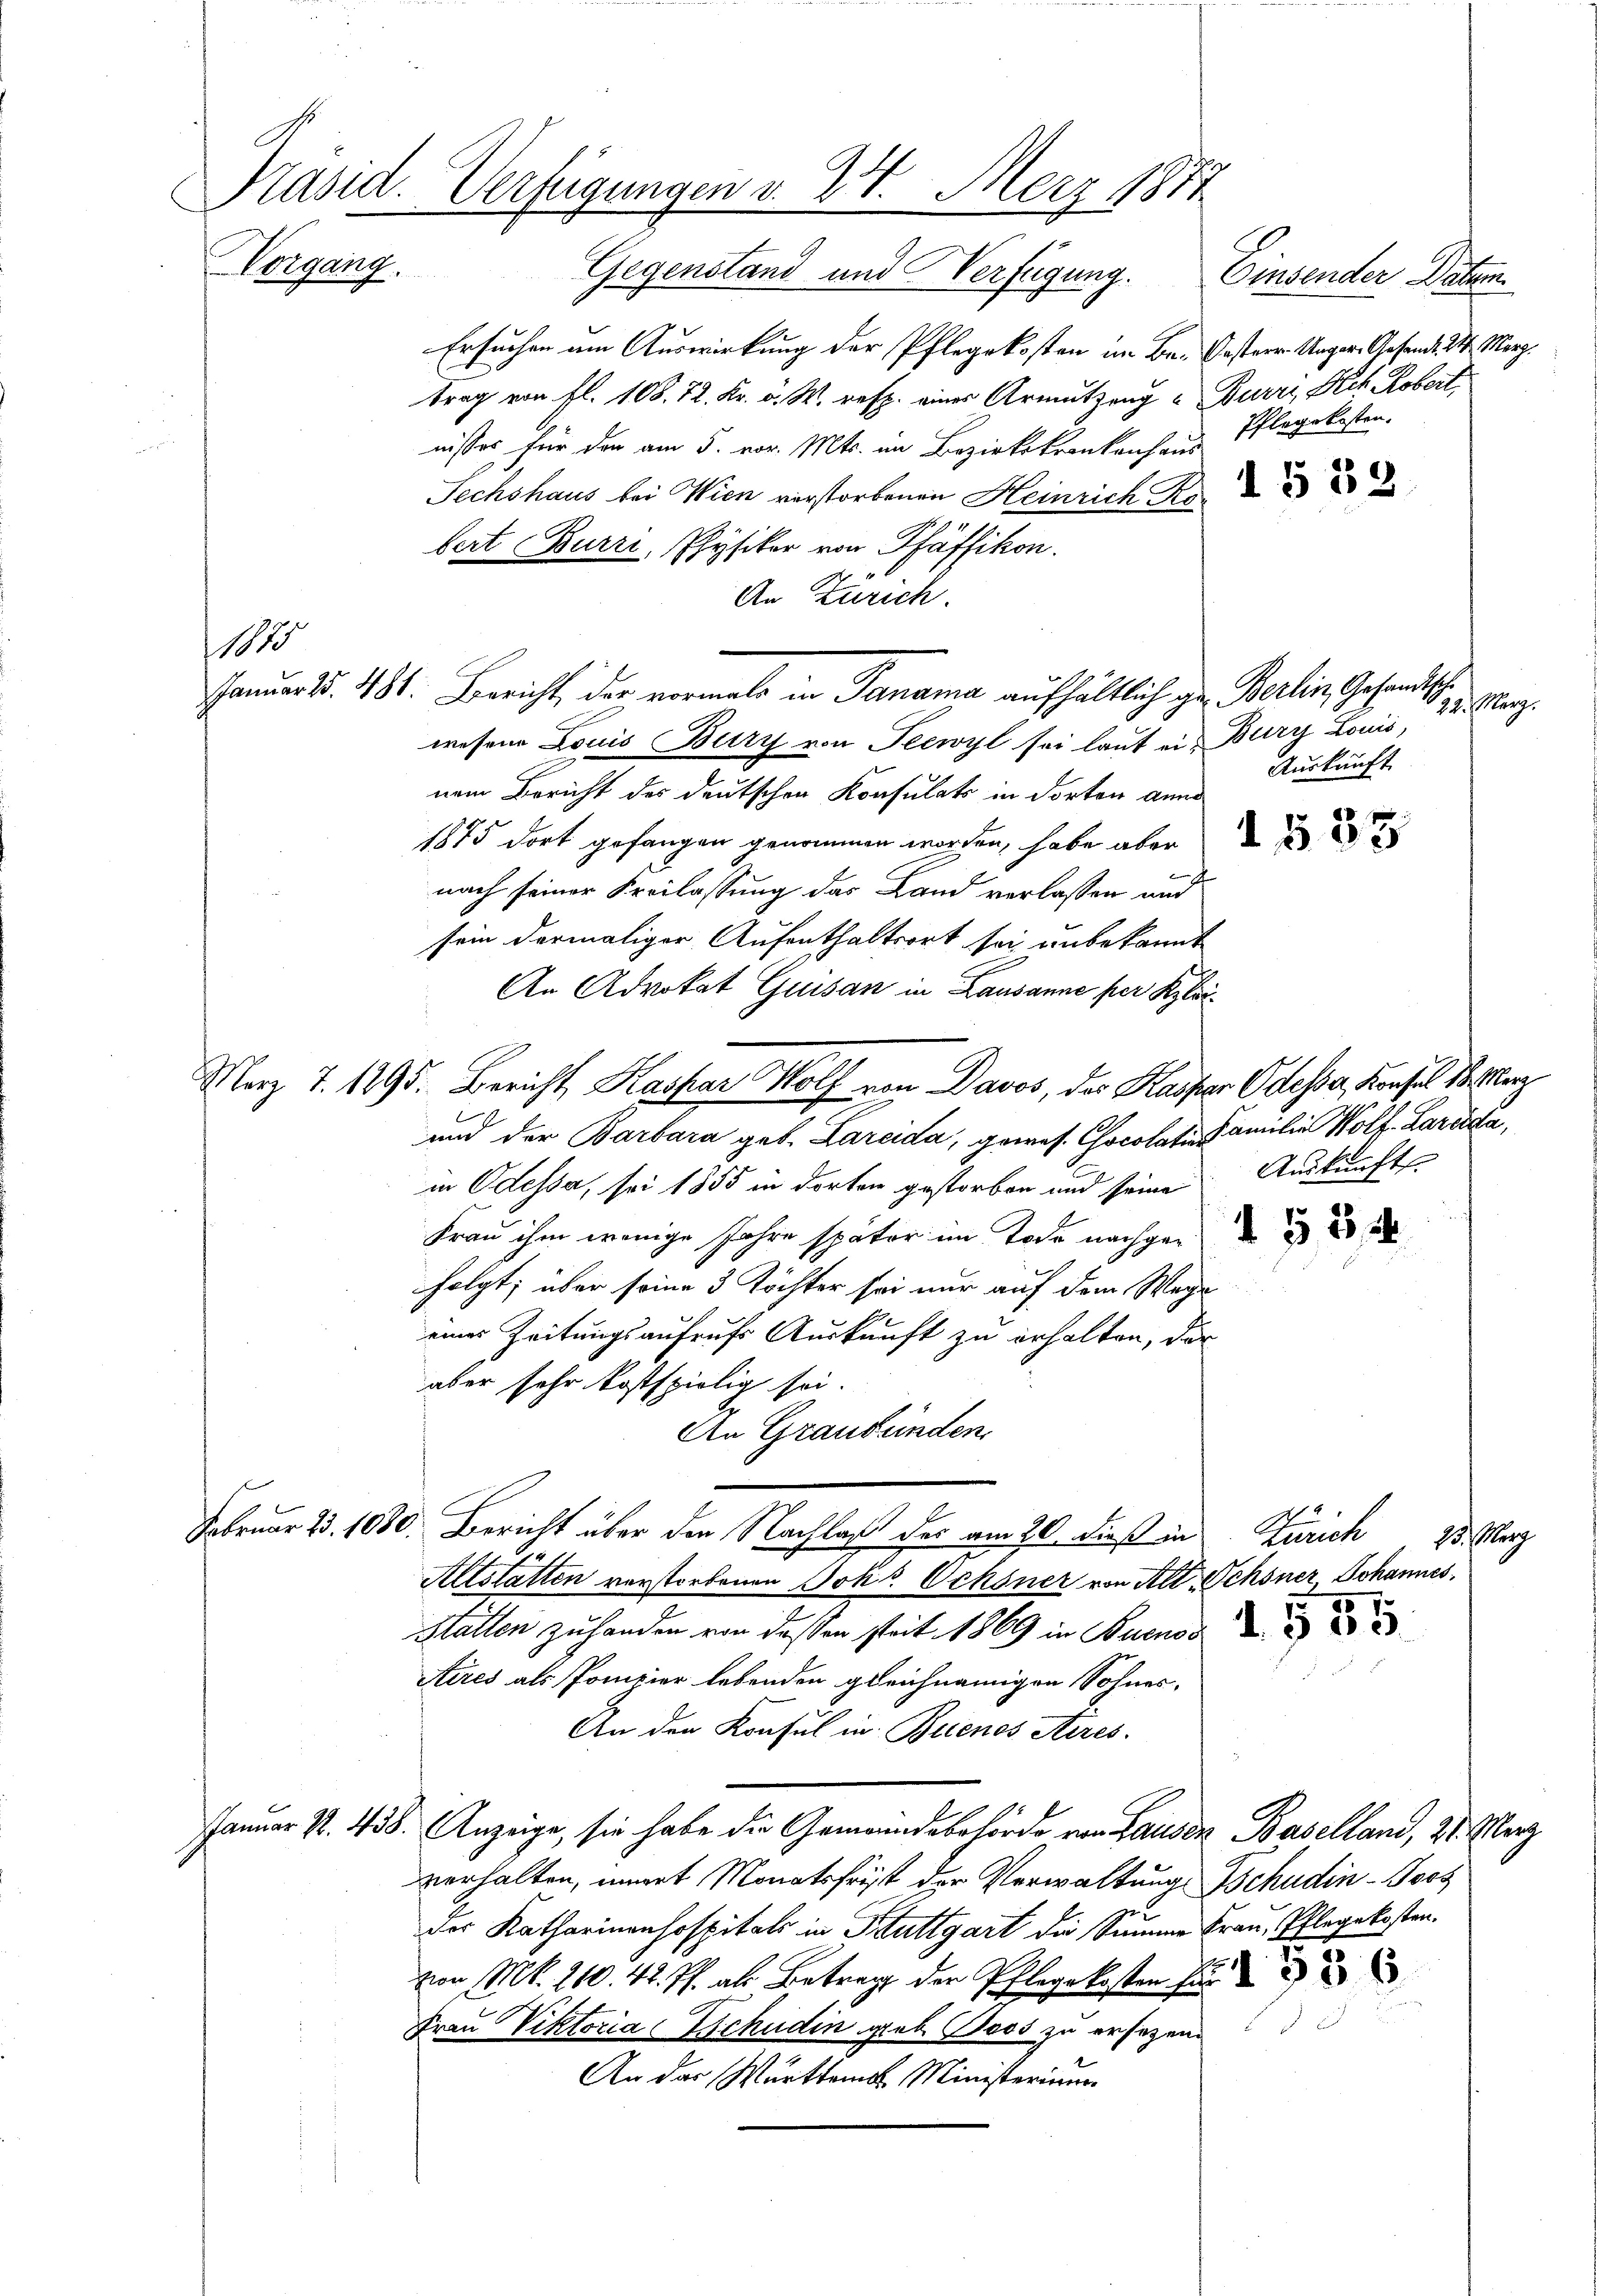
Vorgang.

110

Ersuchen am Auswirkung der Pflegekosten im Be. Oestern Unger. Gesand. M. Merz.
trag von fl. 108. 72. Kr. v. W. resp. eines Armutzung & Burri, Pech Kobert,
nisses für den am 5. vor. Mts. im Bezirkskrankenhaus
Sechshaus bei Wien verstorbenen Heinrich Kor
bert Burri, Physiker von Pfäffikon.
An Zürich.
wesene Louis Bury von Seewyl sei laut ein Bury Louis,
nem Bericht des deutschen Konsulats in dorten anno
1875 dort gefangen genommen worden, habe aber
nach seiner Freilassung das Land verlassen und
sein dermaliger Aufenthaltsort sei unbekannt
An Advokat Guisan in Lausanne per Klei¬
Marz 7. 1895. Bericht, Kaspar Wolf von Davos, der Kaspar Odesser, Konsul 18. Merz
und der Barbara geb. Larcida, gewes. Chocolatin Familie Wolf. Larcida,
in Odessa, sei 1855 in dorten gestorben und seine Auskunft
Frau ihm wenige Jahre später im Tode nachgen
folgt; über seine 3 Töchter sei nur auf dem Wege
eines Zeitungsaufrufs Auskunft zu erhalten, der
aber sehr kostspielig sei.
An Graubünden.
Februar 23. 1080. Bericht über den Nachlaß der am 20. dieß in Zürich 25. Marz
Altstatten verstorbenen Johs. Ochsner von Alt Schöner Johannes
Hallen zu handen von dessen seit 1869 in Buenos
Aires als Pompier lebenden gleichnamigen Sohnes¬
An den Konsul in Buenos Aires.
Januar P. 438. Anzeige, sie habe die Gemeindebehörde von Landen Baselland, 31. Merz
verhalten, immert Monatsfrist der Verwaltung schudin-Poos
der Katharinenhospitals in Stuttgart die Summe Frau, Pflegekosten,
von M. 210. 42 J. als Betrag der Pflegekosten für
Frau Viktoria Schudin geb. Boos zu ersetzen.
An der Württem Ministerium

Präsid. Verfügungen v. 24. März 1871
Gegenstand und Verfügung.
Einsender Vater

Januar 15. 481. Bericht, der vormals in Panama aufhältlich gen Berlin, Gesandtsch¬

Pflegekosten.

1553

22. März.
Auskunft.